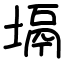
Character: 塥